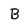
Character: B